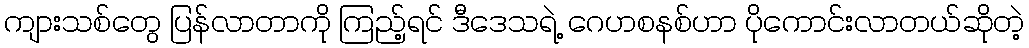
ကျားသစ်တွေ ပြန်လာတာကို ကြည့်ရင် ဒီဒေသရဲ့ ဂေဟစနစ်ဟာ ပိုကောင်းလာတယ်ဆိုတဲ့